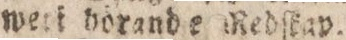
weti horande Redſkay.